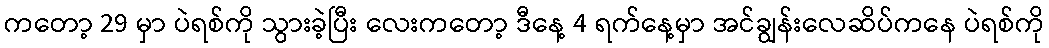
ကတော့ 29 မှာ ပဲရစ်ကို သွားခဲ့ပြီး လေးကတော့ ဒီနေ့ 4 ရက်နေ့မှာ အင်ချွန်းလေဆိပ်ကနေ ပဲရစ်ကို